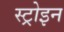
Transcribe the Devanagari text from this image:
स्ट्रोइन